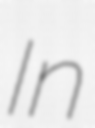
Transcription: In